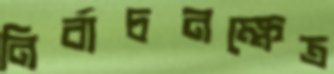
নির্বাচনক্ষেত্র